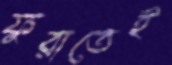
ফুরাতেই